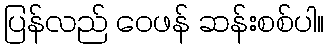
ပြန်လည် ဝေဖန် ဆန်းစစ်ပါ။